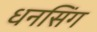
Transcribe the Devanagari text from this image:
धनसिंग